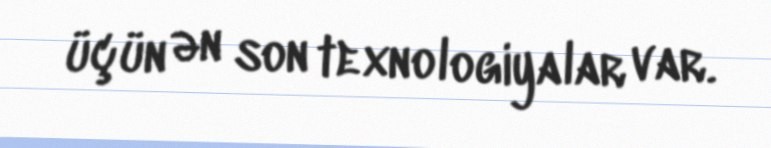
üçün ən son texnologiyalar var.